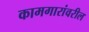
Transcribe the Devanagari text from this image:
कामगारांवरील